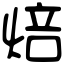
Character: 焙